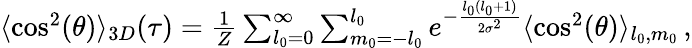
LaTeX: \begin{array}{r}{\langle\cos^{2}(\theta)\rangle_{3D}(\tau)=\frac{1}{Z}\sum_{l_{0}=0}^{\infty}\sum_{m_{0}=-l_{0}}^{l_{0}}e^{-\frac{l_{0}(l_{0}+1)}{2\sigma^{2}}}\langle\cos^{2}(\theta)\rangle_{l_{0},m_{0}}\, ,}\end{array}